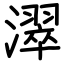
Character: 濢